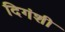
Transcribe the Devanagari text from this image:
दिगंशी